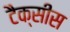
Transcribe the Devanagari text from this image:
टैक्सीस